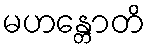
မဟန္တောတိ